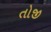
તોજી